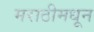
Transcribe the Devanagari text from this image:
मराठीमधून